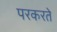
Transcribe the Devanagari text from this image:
परकरते